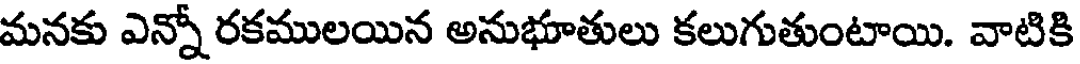
మనకు ఎన్నో రకములయిన అనుభూతులు కలుగుతుంటాయి. వాటికి